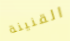
القنينة